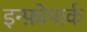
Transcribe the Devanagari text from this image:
इन्फ़ोपार्क